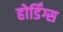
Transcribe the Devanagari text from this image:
होर्डिंग्स